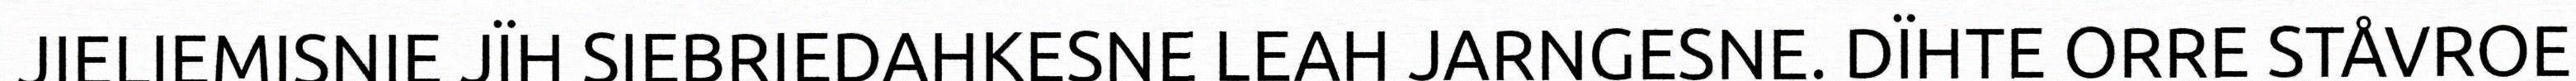
JIELIEMISNIE JÏH SIEBRIEDAHKESNE LEAH JARNGESNE. DÏHTE ORRE STÅVROE